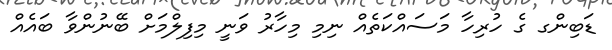
ޑަބިންގ ގެ ހުރިހާ މަސައްކަތެއް ނިމި މިހާރު ވަނީ މިފިލްމަށް ބޭނުންވާ ބައެއް